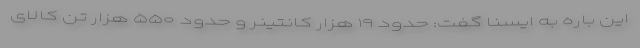
این باره به ایسنا گفت: حدود ۱۹ هزار کانتینر و حدود ۵۵۰ هزار تن کالای